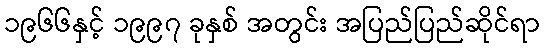
၁၉၆၆နှင့် ၁၉၉၇ ခုနှစ် အတွင်း အပြည်ပြည်ဆိုင်ရာ